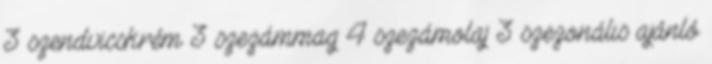
3 szendvicskrém 3 szezámmag 4 szezámolaj 3 szezonális ajánló